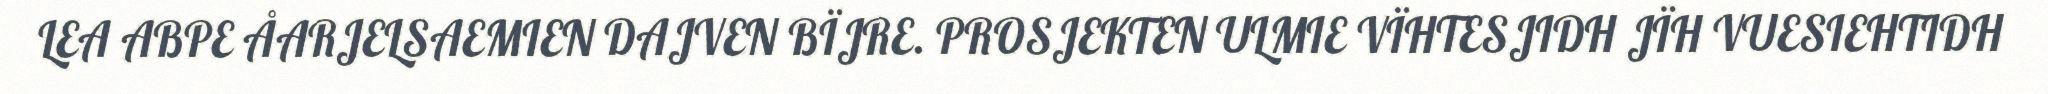
LEA ABPE ÅARJELSAEMIEN DAJVEN BÏJRE. PROSJEKTEN ULMIE VÏHTESJIDH JÏH VUESIEHTIDH